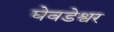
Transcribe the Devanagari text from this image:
घेवडेश्वर